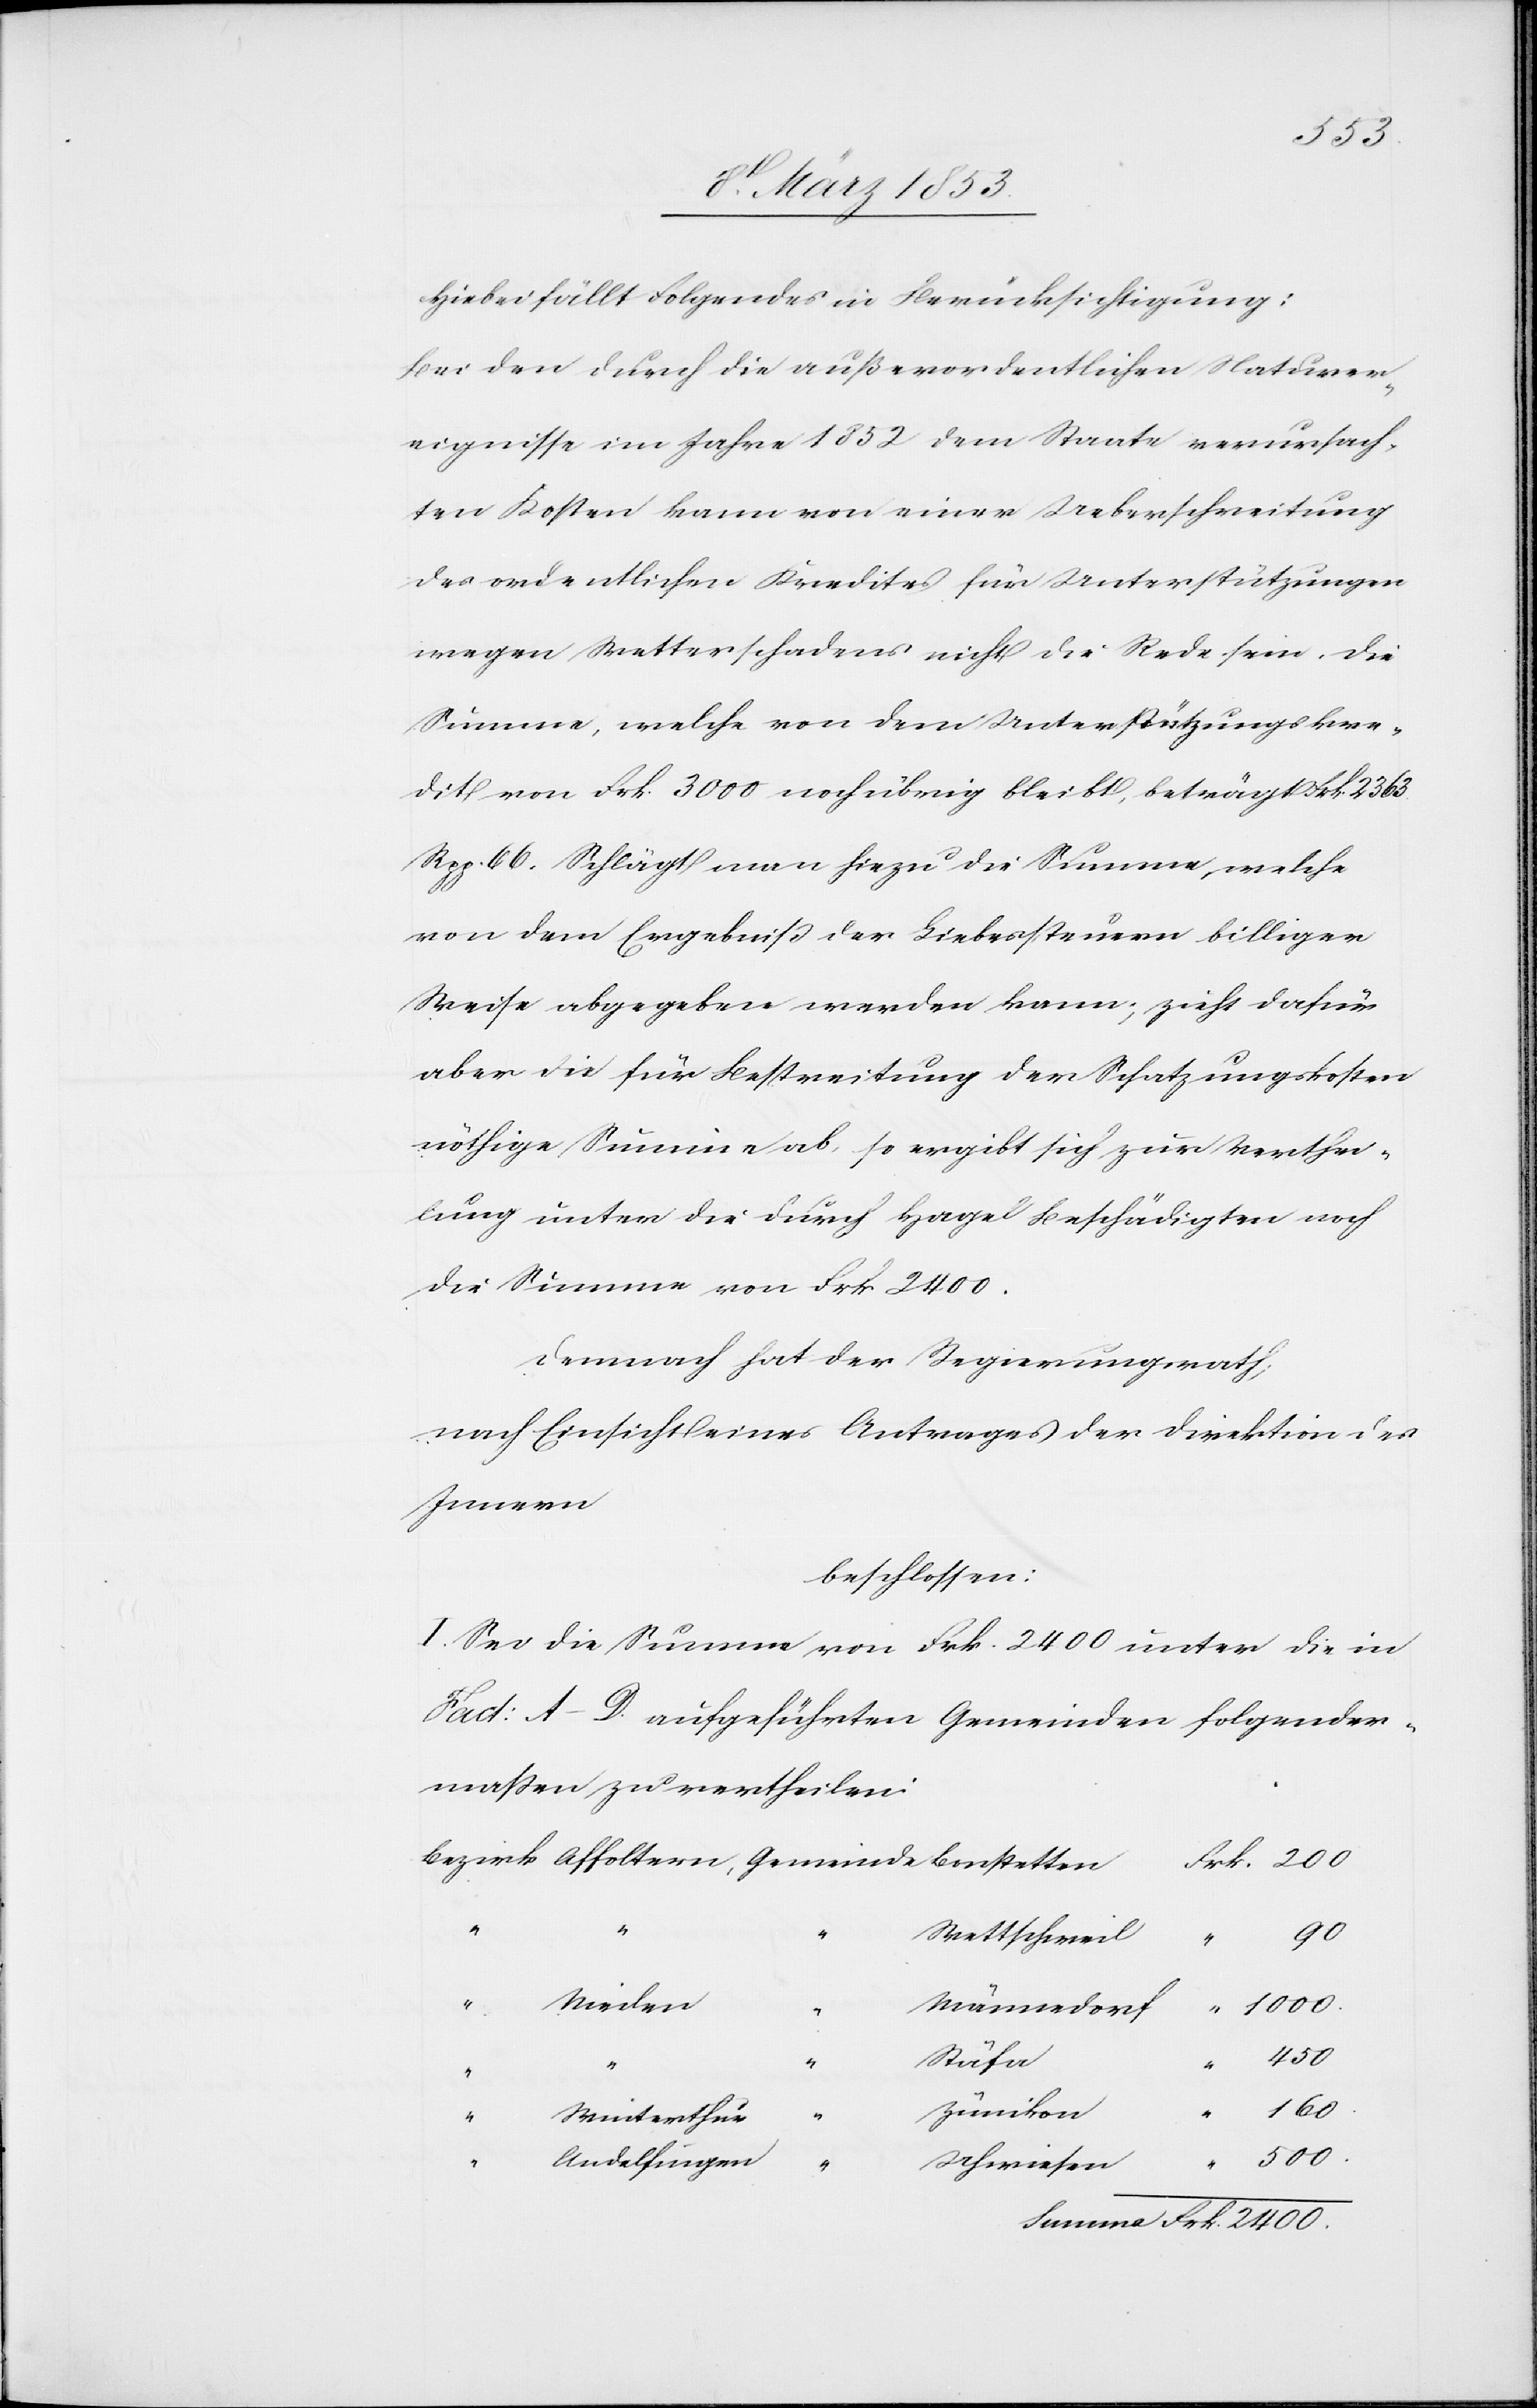
Hiebei fällt Folgendes in Berücksichtigung:
Bei den durch die außerordentlichen Naturer¬
eignisse im Jahre 1852 dem Staate verursach¬
ten Kosten kann von einer Ueberschreitung
des ordentlichen Kredites für Unterstützungen
wegen Wetterschadens nicht die Rede sein. Die
Summe, welche von dem Unterstützungskre¬
dit von Frk. 3000 noch übrig bleibt, beträgt Frk. 2363.
Rpp. 66. Schlägt man hiezu die Summe, welche
von dem Ergebniß der Liebessteuer billiger
Weise abgegeben werden kann, zieht dafür
aber die für Bestreitung der Schatzungskosten
nöthige Summe ab, so ergibt sich zur Verthei¬
lung unter die durch Hagel Beschädigten noch
die Summe von Frk. 2400.
Demnach hat der Regierungsrath
nach Einsicht eines Antrages der Direktion des
Innern
beschlossen:
I. Sei die Summe von Frk. 2400. unter die in
Fact: A–D. aufgeführten Gemeinden folgender¬
maßen zu vertheilen:
90.
200.
Summe: Frk. 2400.